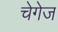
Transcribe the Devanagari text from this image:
चेगेज